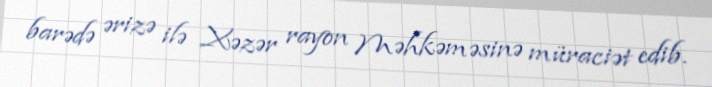
barədə ərizə ilə Xəzər rayon Məhkəməsinə müraciət edib.